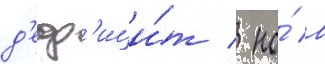
д'еф'ици́т / но́ в